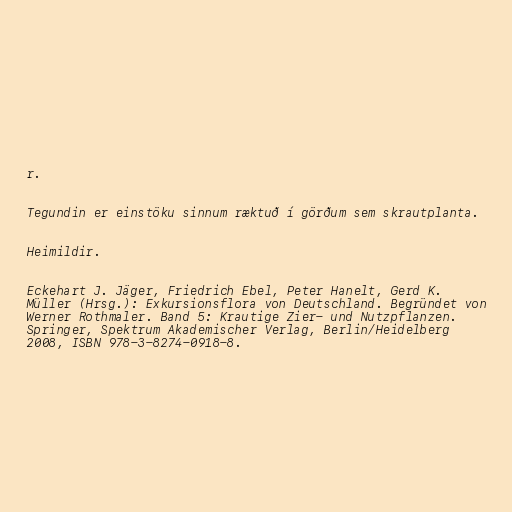
r.

Tegundin er einstöku sinnum ræktuð í görðum sem skrautplanta.

Heimildir.

Eckehart J. Jäger, Friedrich Ebel, Peter Hanelt, Gerd K.
Müller (Hrsg.): Exkursionsflora von Deutschland. Begründet von
Werner Rothmaler. Band 5: Krautige Zier- und Nutzpflanzen.
Springer, Spektrum Akademischer Verlag, Berlin/Heidelberg
2008, ISBN 978-3-8274-0918-8.